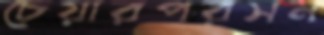
চেয়ারপরসন